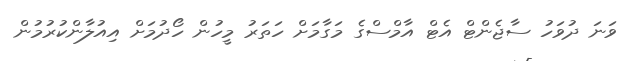
ވަނަ ދުވަހު ސާޖެންޓް އެޓް އާމްސްގެ މަގާމަށް ހަތަރު މީހުން ހޯދުމަށް އިއުލާންކުރުމުން